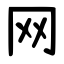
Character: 网